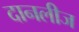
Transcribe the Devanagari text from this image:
दानलीज